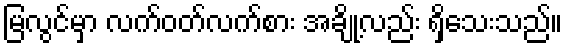
မြလွင်မှာ လက်ဝတ်လက်စား အချို့လည်း ရှိသေးသည်။